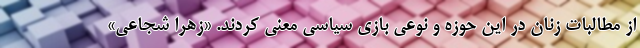
از مطالبات زنان در این حوزه و نوعی بازی سیاسی معنی کردند. «زهرا شجاعی»